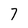
Character: 7